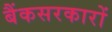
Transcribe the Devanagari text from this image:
बैंकसरकारों